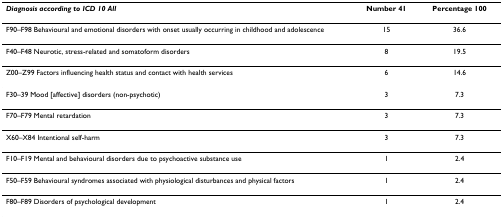
| Diagnosis according to ICD 10 All | Number 41 | Percentage 100 |
 | --- | --- | --- |
 | F90–F98 Behavioural and emotional disorders with onset usually occurring in childhood and adolescence | 15 | 36.6 |
 | F40–F48 Neurotic, stress-related and somatoform disorders | 8 | 19.5 |
 | Z00–Z99 Factors influencing health status and contact with health services | 6 | 14.6 |
 | F30–39 Mood [affective] disorders (non-psychotic) | 3 | 7.3 |
 | F70–F79 Mental retardation | 3 | 7.3 |
 | X60–X84 Intentional self-harm | 3 | 7.3 |
 | F10–F19 Mental and behavioural disorders due to psychoactive substance use | 1 | 2.4 |
 | F50–F59 Behavioural syndromes associated with physiological disturbances and physical factors | 1 | 2.4 |
 | F80–F89 Disorders of psychological development | 1 | 2.4 |